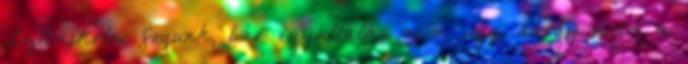
Sztrájkolni fogunk, bár egyáltalán nem úgy, ahogy arra a